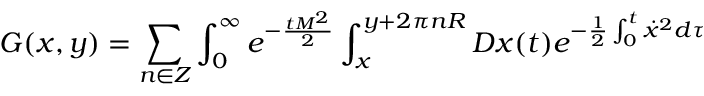
G ( x , y ) = \sum _ { n \in Z } \int _ { 0 } ^ { \infty } e ^ { - { \frac { t M ^ { 2 } } { 2 } } } \int _ { x } ^ { y + 2 \pi n R } { \cal D } x ( t ) e ^ { - { \frac { 1 } { 2 } } \int _ { 0 } ^ { t } \dot { x } ^ { 2 } d \tau }